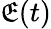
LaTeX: \mathfrak{E}(t)